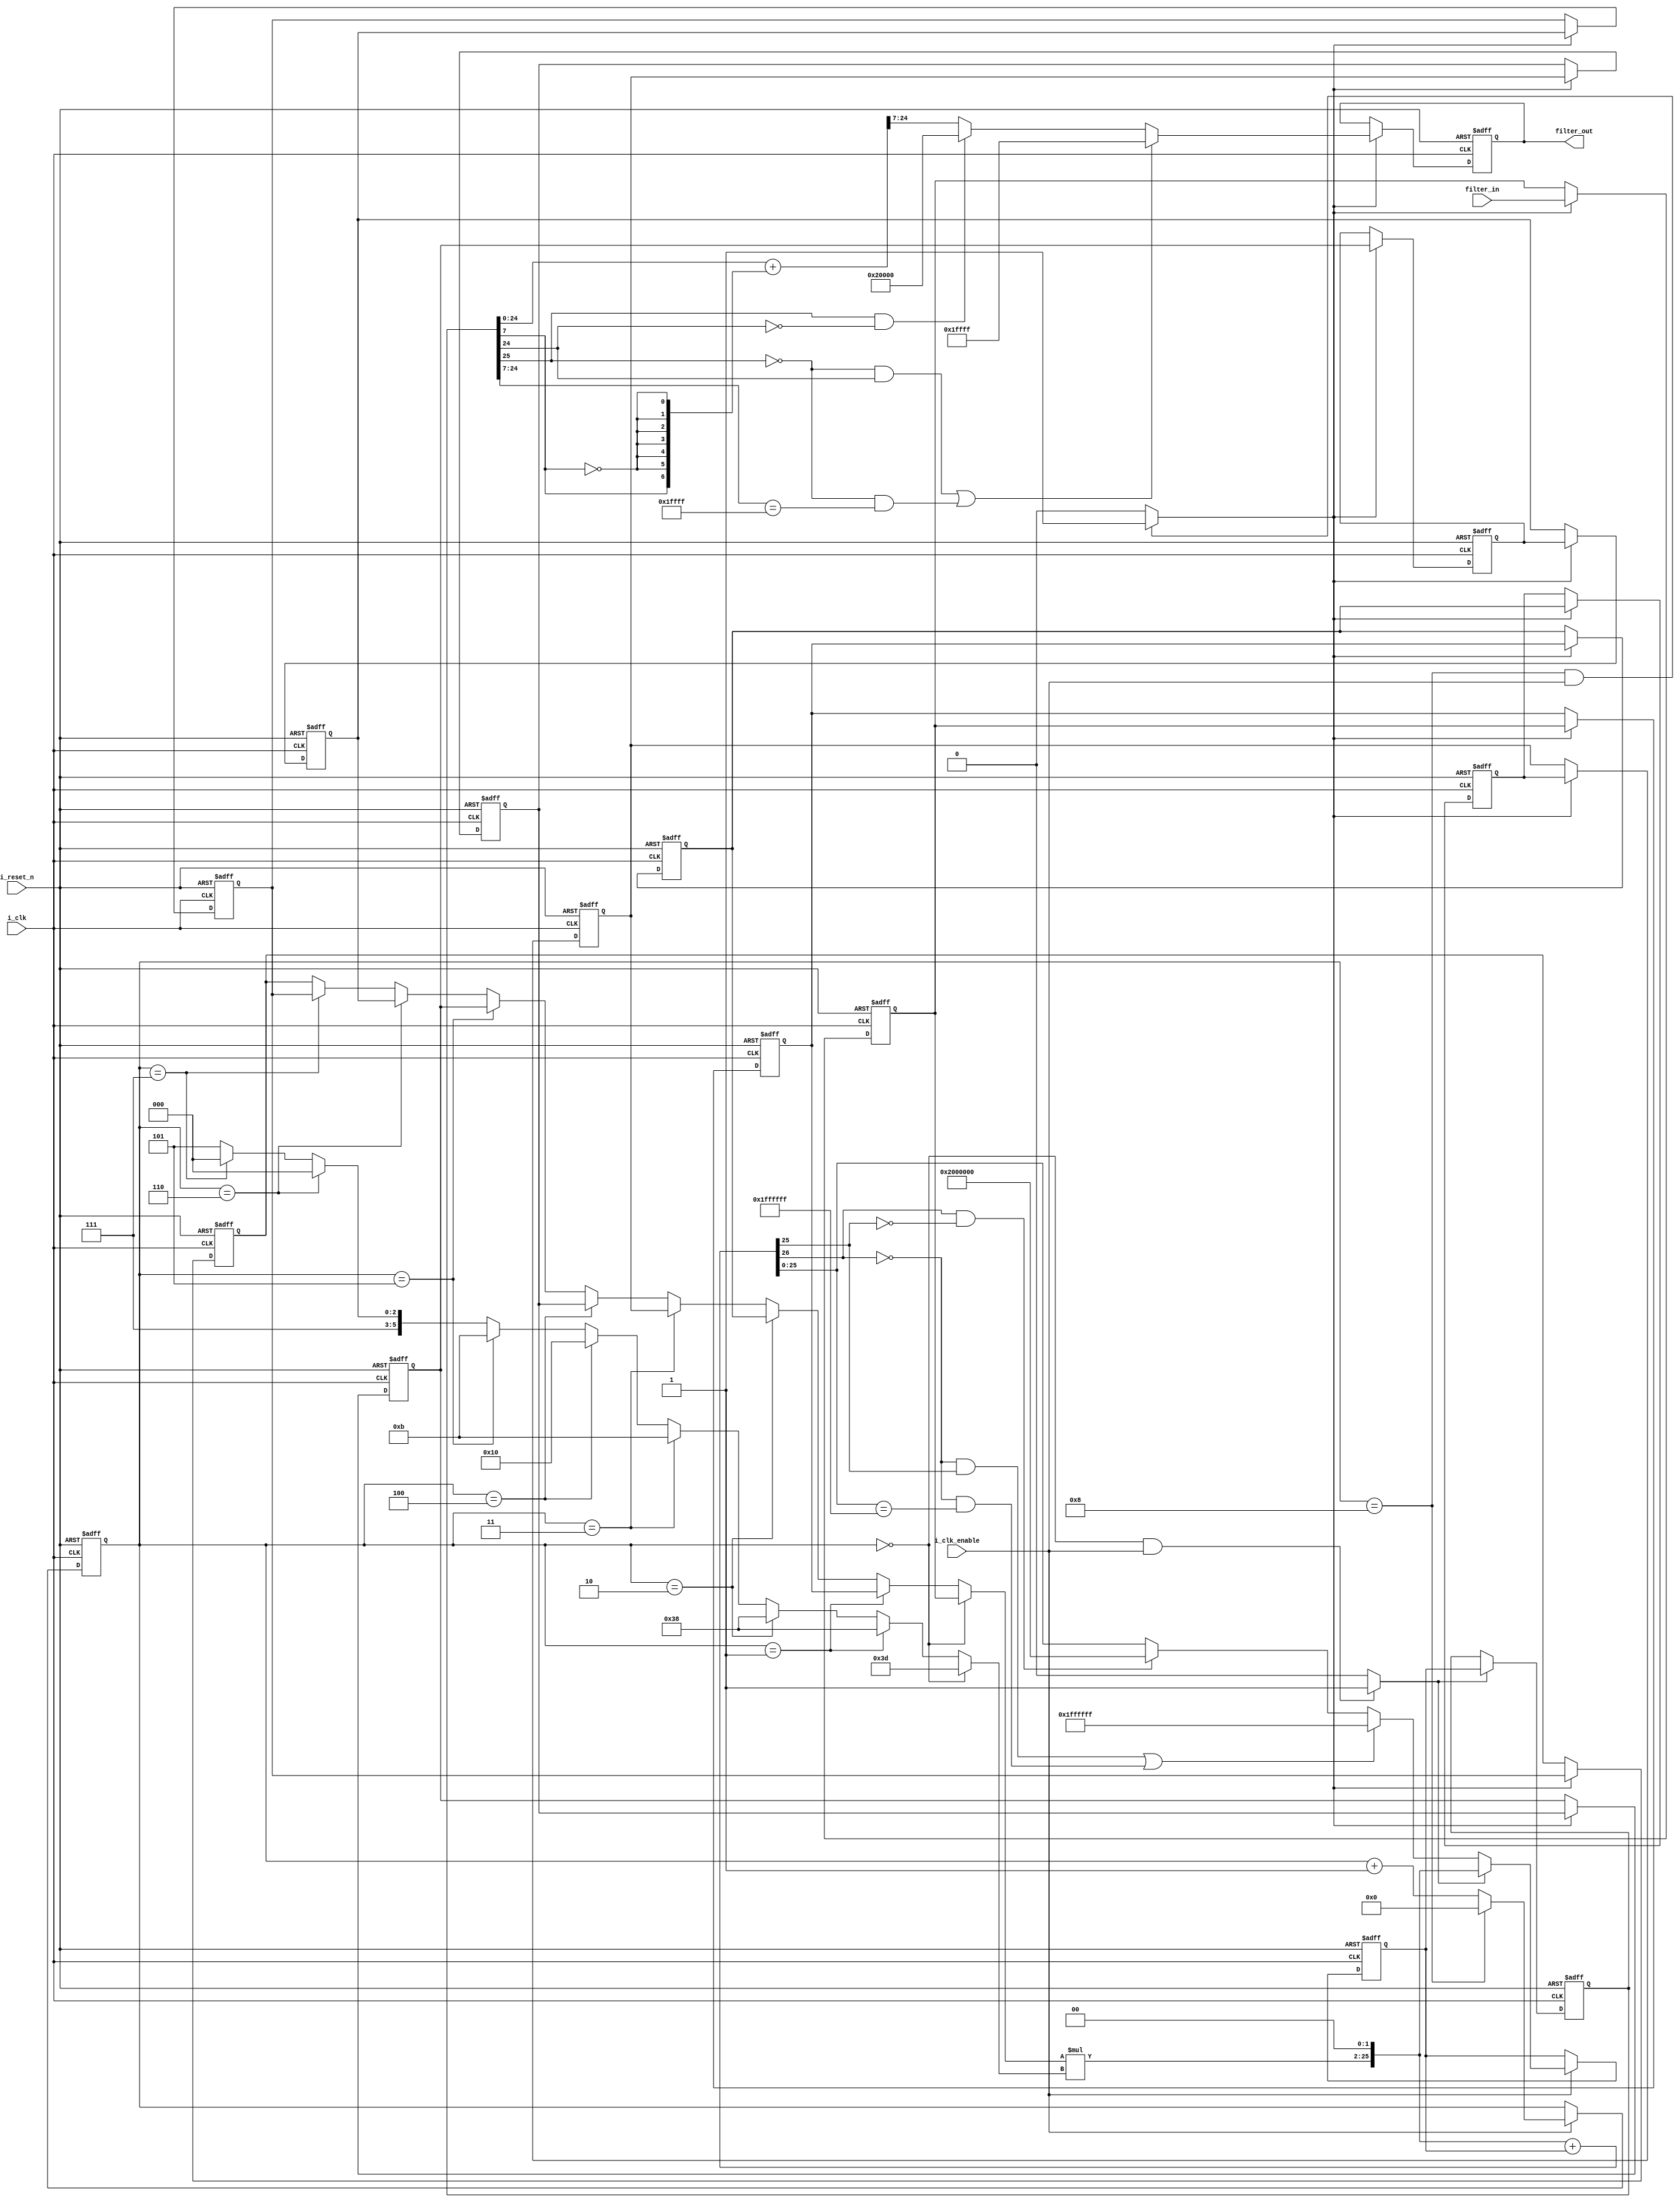
// -------------------------------------------------------------
//
// Module: filter_mlab
// Generated by MATLAB(R) 9.1 and the Filter Design HDL Coder 3.1.
// Generated on: 2017-04-12 19:25:11
// -------------------------------------------------------------

// -------------------------------------------------------------
// HDL Code Generation Options:
//
// ClockEnableInputPort: i_clk_enable
// ClockInputPort: i_clk
// ResetInputPort: i_reset_n
// TargetDirectory: C:\Users\oleh_\YandexDisk\\Melexis\Lab4
// Name: filter_mlab
// ResetAssertedLevel: Active-low
// SerialPartition: 9
// TargetLanguage: Verilog
// TestBenchName: filter_mlab_tb
// TestBenchStimulus: impulse step ramp chirp noise 

// -------------------------------------------------------------
// HDL Implementation    : Fully Serial
// Folding Factor        : 9
// -------------------------------------------------------------
// Filter Settings:
//
// Discrete-Time FIR Filter (real)
// -------------------------------
// Filter Structure  : Direct-Form FIR
// Filter Length     : 11
// Stable            : Yes
// Linear Phase      : Yes (Type 1)
// Arithmetic        : fixed
// Numerator         : s6,5 -> [-1 1)
// Input             : s18,17 -> [-1 1)
// Filter Internals  : Specify Precision
//   Output          : s18,17 -> [-1 1)
//   Product         : s26,24 -> [-2 2)
//   Accumulator     : s26,24 -> [-2 2)
//   Round Mode      : convergent
//   Overflow Mode   : saturate
// -------------------------------------------------------------




`timescale 1 ns / 1 ns

module filter_mlab
               (
                i_clk,
                i_clk_enable,
                i_reset_n,
                filter_in,
                filter_out
                );

  input   i_clk; 
  input   i_clk_enable; 
  input   i_reset_n; 
  input   signed [17:0] filter_in; //sfix18_En17
  output  signed [17:0] filter_out; //sfix18_En17

////////////////////////////////////////////////////////////////
//Module Architecture: filter_mlab
////////////////////////////////////////////////////////////////
  // Local Functions
  // Type Definitions
  // Constants
  parameter signed [5:0] coeff1 = 6'b111101; //sfix6_En5
  parameter signed [5:0] coeff2 = 6'b111000; //sfix6_En5
  parameter signed [5:0] coeff3 = 6'b111000; //sfix6_En5
  parameter signed [5:0] coeff4 = 6'b000000; //sfix6_En5
  parameter signed [5:0] coeff5 = 6'b001011; //sfix6_En5
  parameter signed [5:0] coeff6 = 6'b010000; //sfix6_En5
  parameter signed [5:0] coeff7 = 6'b001011; //sfix6_En5
  parameter signed [5:0] coeff8 = 6'b000000; //sfix6_En5
  parameter signed [5:0] coeff9 = 6'b111000; //sfix6_En5
  parameter signed [5:0] coeff10 = 6'b111000; //sfix6_En5
  parameter signed [5:0] coeff11 = 6'b111101; //sfix6_En5

  // Signals
  reg  [3:0] cur_count; // ufix4
  wire phase_8; // boolean
  wire phase_0; // boolean
  reg  signed [17:0] delay_pipeline [0:10] ; // sfix18_En17
  wire signed [17:0] inputmux_1; // sfix18_En17
  reg  signed [25:0] acc_final; // sfix26_En24
  reg  signed [25:0] acc_out_1; // sfix26_En24
  wire signed [25:0] product_1; // sfix26_En24
  wire signed [5:0] product_1_mux; // sfix6_En5
  wire signed [23:0] mul_temp; // sfix24_En22
  wire signed [25:0] prod_typeconvert_1; // sfix26_En24
  wire signed [25:0] acc_sum_1; // sfix26_En24
  wire signed [25:0] acc_in_1; // sfix26_En24
  wire signed [25:0] add_signext; // sfix26_En24
  wire signed [25:0] add_signext_1; // sfix26_En24
  wire signed [26:0] add_temp; // sfix27_En24
  wire signed [17:0] output_typeconvert; // sfix18_En17
  reg  signed [17:0] output_register; // sfix18_En17

  // Block Statements
  always @ (posedge i_clk or negedge i_reset_n)
    begin: Counter_process
      if (i_reset_n == 1'b0) begin
        cur_count <= 4'b1000;
      end
      else begin
        if (i_clk_enable == 1'b1) begin
          if (cur_count == 4'b1000) begin
            cur_count <= 4'b0000;
          end
          else begin
            cur_count <= cur_count + 1;
          end
        end
      end
    end // Counter_process

  assign  phase_8 = (cur_count == 4'b1000 && i_clk_enable == 1'b1)? 1 : 0;

  assign  phase_0 = (cur_count == 4'b0000 && i_clk_enable == 1'b1)? 1 : 0;

  always @( posedge i_clk or negedge i_reset_n)
    begin: Delay_Pipeline_process
      if (i_reset_n == 1'b0) begin
        delay_pipeline[0] <= 0;
        delay_pipeline[1] <= 0;
        delay_pipeline[2] <= 0;
        delay_pipeline[3] <= 0;
        delay_pipeline[4] <= 0;
        delay_pipeline[5] <= 0;
        delay_pipeline[6] <= 0;
        delay_pipeline[7] <= 0;
        delay_pipeline[8] <= 0;
        delay_pipeline[9] <= 0;
        delay_pipeline[10] <= 0;
      end
      else begin
        if (phase_8 == 1'b1) begin
          delay_pipeline[0] <= filter_in;
          delay_pipeline[1] <= delay_pipeline[0];
          delay_pipeline[2] <= delay_pipeline[1];
          delay_pipeline[3] <= delay_pipeline[2];
          delay_pipeline[4] <= delay_pipeline[3];
          delay_pipeline[5] <= delay_pipeline[4];
          delay_pipeline[6] <= delay_pipeline[5];
          delay_pipeline[7] <= delay_pipeline[6];
          delay_pipeline[8] <= delay_pipeline[7];
          delay_pipeline[9] <= delay_pipeline[8];
          delay_pipeline[10] <= delay_pipeline[9];
        end
      end
    end // Delay_Pipeline_process


  assign inputmux_1 = (cur_count == 4'b0000) ? delay_pipeline[0] :
                     (cur_count == 4'b0001) ? delay_pipeline[1] :
                     (cur_count == 4'b0010) ? delay_pipeline[2] :
                     (cur_count == 4'b0011) ? delay_pipeline[4] :
                     (cur_count == 4'b0100) ? delay_pipeline[5] :
                     (cur_count == 4'b0101) ? delay_pipeline[6] :
                     (cur_count == 4'b0110) ? delay_pipeline[8] :
                     (cur_count == 4'b0111) ? delay_pipeline[9] :
                     delay_pipeline[10];

  //   ------------------ Serial partition # 1 ------------------

  assign product_1_mux = (cur_count == 4'b0000) ? coeff1 :
                        (cur_count == 4'b0001) ? coeff2 :
                        (cur_count == 4'b0010) ? coeff3 :
                        (cur_count == 4'b0011) ? coeff5 :
                        (cur_count == 4'b0100) ? coeff6 :
                        (cur_count == 4'b0101) ? coeff7 :
                        (cur_count == 4'b0110) ? coeff9 :
                        (cur_count == 4'b0111) ? coeff10 :
                        coeff11;
  assign mul_temp = inputmux_1 * product_1_mux;
  assign product_1 = $signed({mul_temp, 2'b00});

  assign prod_typeconvert_1 = product_1;

  assign add_signext = prod_typeconvert_1;
  assign add_signext_1 = acc_out_1;
  assign add_temp = add_signext + add_signext_1;
  assign acc_sum_1 = ((add_temp[26] == 1'b0 & add_temp[25] != 1'b0) || (add_temp[26] == 1'b0 && add_temp[25:0] == 26'b01111111111111111111111111) // special case0
) ? 26'b01111111111111111111111111 : 
      (add_temp[26] == 1'b1 && add_temp[25] != 1'b1) ? 26'b10000000000000000000000000 : add_temp[25:0];

  assign acc_in_1 = (phase_0 == 1'b1) ? prod_typeconvert_1 :
                   acc_sum_1;

  always @ (posedge i_clk or negedge i_reset_n)
    begin: Acc_reg_1_process
      if (i_reset_n == 1'b0) begin
        acc_out_1 <= 0;
      end
      else begin
        if (i_clk_enable == 1'b1) begin
          acc_out_1 <= acc_in_1;
        end
      end
    end // Acc_reg_1_process

  always @ (posedge i_clk or negedge i_reset_n)
    begin: Finalsum_reg_process
      if (i_reset_n == 1'b0) begin
        acc_final <= 0;
      end
      else begin
        if (phase_0 == 1'b1) begin
          acc_final <= acc_out_1;
        end
      end
    end // Finalsum_reg_process

  assign output_typeconvert = ((acc_final[25] == 1'b0 & acc_final[24] != 1'b0) || (acc_final[25] == 1'b0 && acc_final[24:7] == 18'b011111111111111111) // special case0
) ? 18'b011111111111111111 : 
      (acc_final[25] == 1'b1 && acc_final[24] != 1'b1) ? 18'b100000000000000000 : (acc_final[24:0] + {acc_final[7], {6{~acc_final[7]}}})>>>7;

  always @ (posedge i_clk or negedge i_reset_n)
    begin: Output_Register_process
      if (i_reset_n == 1'b0) begin
        output_register <= 0;
      end
      else begin
        if (phase_8 == 1'b1) begin
          output_register <= output_typeconvert;
        end
      end
    end // Output_Register_process

  // Assignment Statements
  assign filter_out = output_register;
endmodule  // filter_mlab